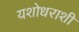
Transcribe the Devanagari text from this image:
यशोधराशी